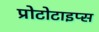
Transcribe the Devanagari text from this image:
प्रोटोटाइप्स